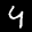
Label: 4